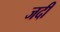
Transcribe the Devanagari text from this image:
जदी